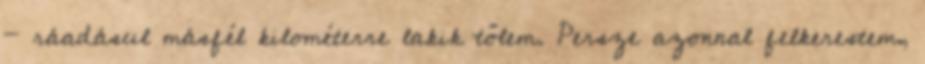
- ráadásul másfél kilométerre lakik tőlem. Persze azonnal felkerestem,